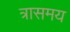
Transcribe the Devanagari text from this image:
त्रासमय